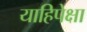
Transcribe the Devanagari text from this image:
याहिपेक्षा